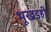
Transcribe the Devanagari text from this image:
भूखंडही